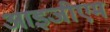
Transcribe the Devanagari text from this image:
आइजीएम